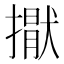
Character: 㩎